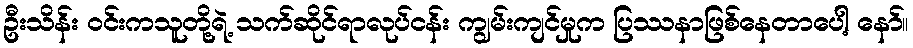
ဦးသိန်း ဝင်းကသူတို့ရဲ့ သက်ဆိုင်ရာလုပ်ငန်း ကျွမ်းကျင်မှုက ပြဿနာဖြစ်နေတာပေါ့ နော်။